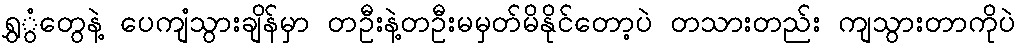
ရွှွံတွေနဲ့ ပေကျံသွားချိန်မှာ တဦးနဲ့တဦးမမှတ်မိနိုင်တော့ပဲ တသားတည်း ကျသွားတာကိုပဲ